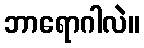
ဘာရောဂါလဲ။